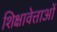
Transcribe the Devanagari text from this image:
शिक्षावेत्ताओं